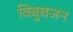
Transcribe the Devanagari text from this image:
विबुधजन